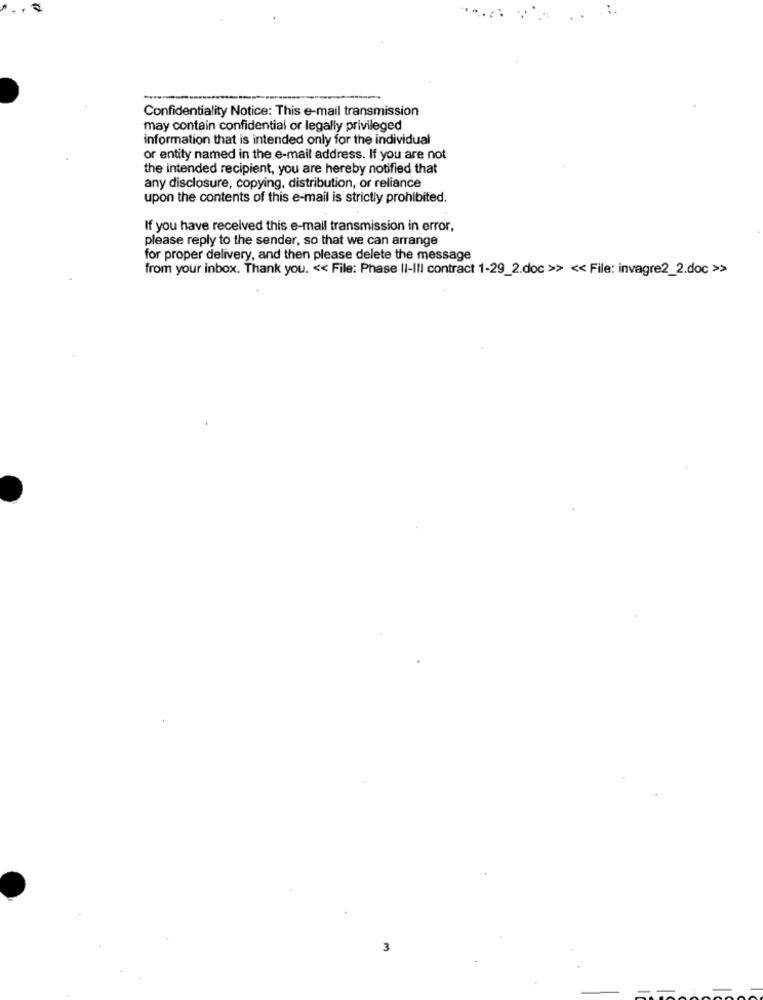
Confidentiality Notice: This e-mail transmission
may contain confidential or legally privileged
information that is intended only for the individual
or entity named in the e-mail address. If you are not
the intended recipient, you are hereby notified that
any disclosure, copying, distribution, or reliance
upon the contents of this e-mail is strictly prohibited.
If you have received this e-mail transmission in error,
please reply to the sender, so that we can arrange
for proper delivery, and then please delete the message
from your inbox. Thank you. << File: Phase II-III contract 1-29_2.doc >> << File: invagre2_2.doc >>